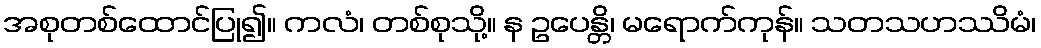
အစုတစ်ထောင်ပြု၍။ ကလံ၊ တစ်စုသို့။ န ဥပေန္တိ၊ မရောက်ကုန်။ သတသဟဿိမံ၊